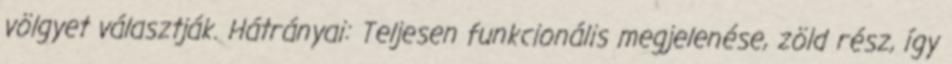
völgyet választják. Hátrányai: Teljesen funkcionális megjelenése, zöld rész, így